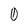
Character: 0